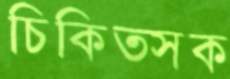
চিকিত্সক